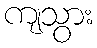
ကျသွား